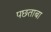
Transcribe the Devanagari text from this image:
पछताबा